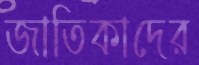
জাতিকাদের